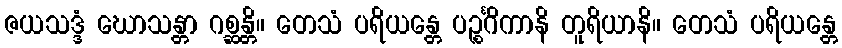
ဇယသဒ္ဒံ ဃောသန္တာ ဂစ္ဆန္တိ။ တေသံ ပရိယန္တေ ပဉ္စင်္ဂိကာနိ တူရိယာနိ။ တေသံ ပရိယန္တေ